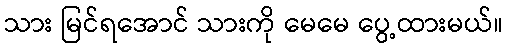
သား မြင်ရအောင် သားကို မေမေ ပွေ့ထားမယ်။